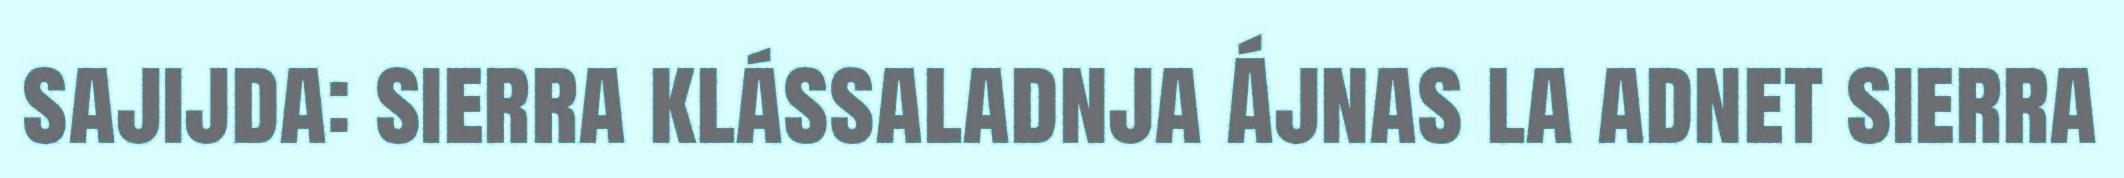
sajijda: sierra klássaladnja Ájnas la adnet sierra